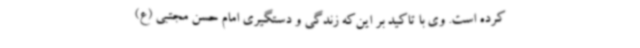
کرده است. وی با تاکید بر این‌که زندگی و دستگیری امام حسن مجتبی (ع)